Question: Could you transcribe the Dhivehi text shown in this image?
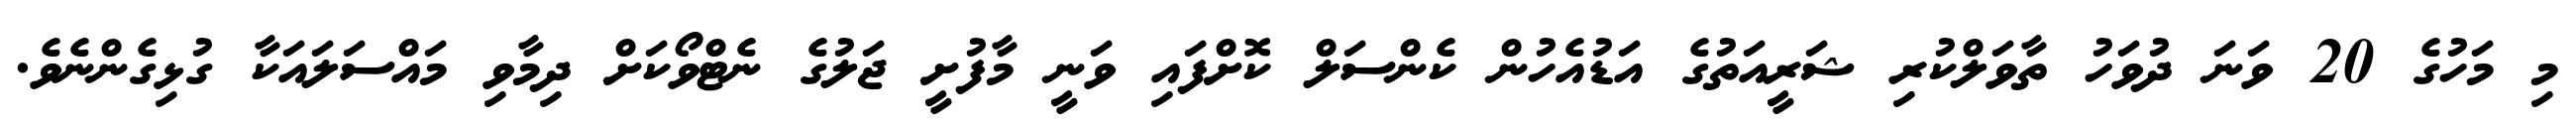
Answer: މި މަހުގެ 20 ވަނަ ދުވަހު ތާވަލްކުރި ޝަރީއަތުގެ އަޑުއެހުން ކެންސަލް ކޮށްފައި ވަނީ މާފުށީ ޖަލުގެ ނެޓްވޯކަށް ދިމާވި މައްސަލައަކާ ގުޅިގެންނެވެ.